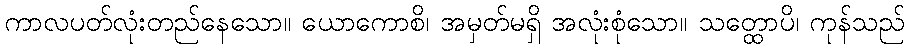
ကာလပတ်လုံးတည်နေသော။ ယောကောစိ၊ အမှတ်မရှိ အလုံးစုံသော။ သတ္ထောပိ၊ ကုန်သည်